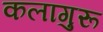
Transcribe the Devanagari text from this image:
कलागुरू